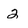
Character: 2